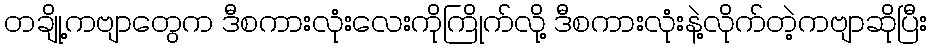
တချို့ကဗျာတွေက ဒီစကားလုံးလေးကိုကြိုက်လို့ ဒီစကားလုံးနဲ့လိုက်တဲ့ကဗျာဆိုပြီး